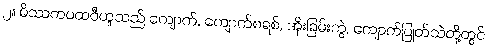
၂။ မိဿကပထဝီဟူသည် ကျောက်, ကျောက်စရစ်, အိုးခြမ်းကွဲ, ကျောက်ပြုတ်သဲတို့တွင်